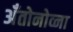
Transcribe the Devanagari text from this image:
अँतोनोव्ना